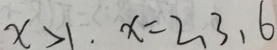
x > 1 . x = 2 , 3 , 6